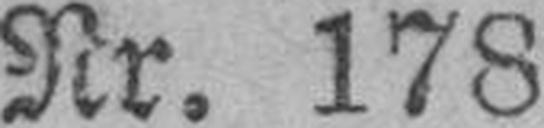
Nr. 178